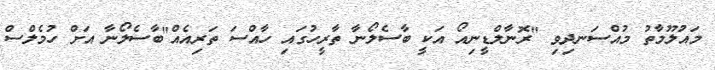
މައުލޫމާތު މުއްސަނދިވި "ރޮނާލްޑީނިއޯ އަކީ ބާސެލޯނާ ތާރީހުގައި ހާއްސަ ތަރިއެއް"ބާސެލޯނާ އަށް ހުމެލްސް